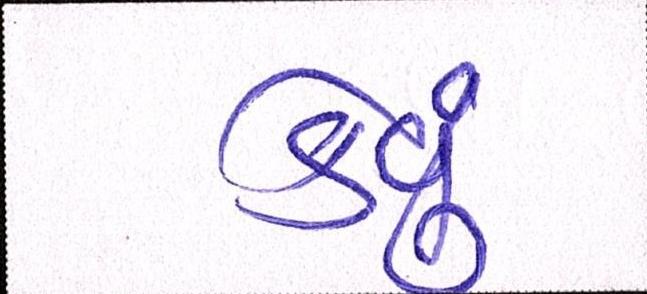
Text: કેવું